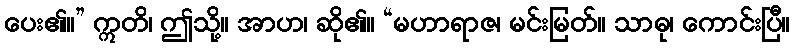
ပေး၏။” ဣတိ၊ ဤသို့။ အာဟ၊ ဆို၏။ “မဟာရာဇ၊ မင်းမြတ်။ သာဓု၊ ကောင်းပြီ။